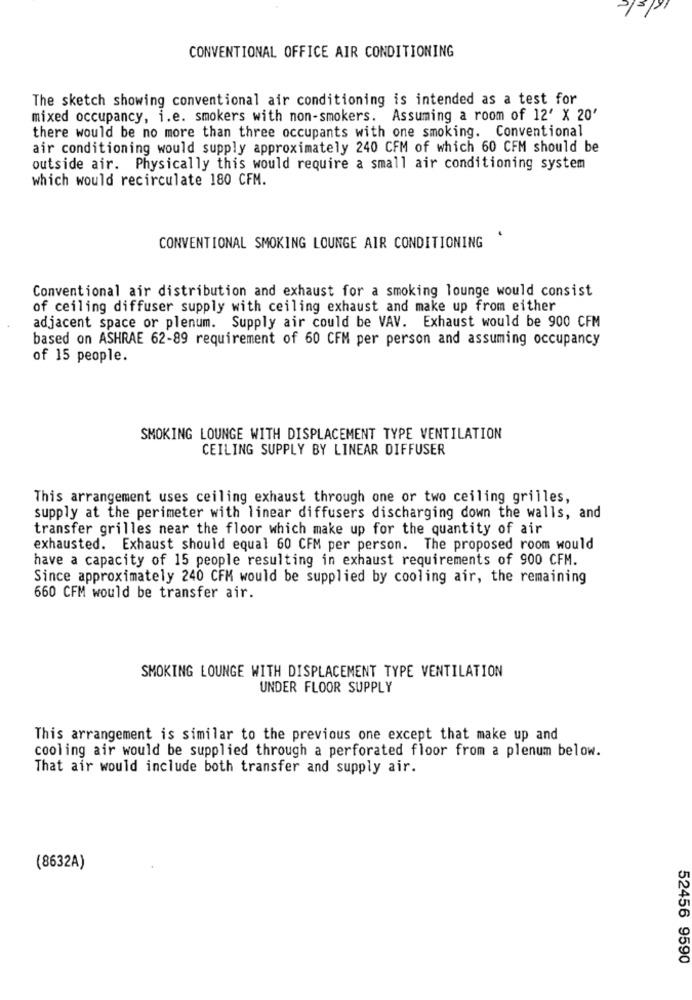
CONVENTIONAL OFFICE AIR CONDITIONING
The sketch showing conventional air conditioning is intended as a test for
mixed occupancy, i.e. smokers with non-smokers. Assuming a room of 12' X 20'
there would be no more than three occupants with one smoking. Conventional
air conditioning would supply approximately 240 CFM of which 60 CFM should be
outside air. Physically this would require a small air conditioning system
which would recirculate 180 CFM.
CONVENTIONAL SMOKING LOUNGE AIR CONDITIONING
Conventional air distribution and exhaust for a smoking lounge would consist
of ceiling diffuser supply with ceiling exhaust and make up from either
adjacent space or plenum. Supply air could be VAV. Exhaust would be 900 CFM
based on ASHRAE 62-89 requirement of 60 CFM per person and assuming occupancy
of 15 people.
SMOKING LOUNGE WITH DISPLACEMENT TYPE VENTILATION
CEILING SUPPLY BY LINEAR DIFFUSER
This arrangement uses ceiling exhaust through one or two ceiling grilles,
supply at the perimeter with linear diffusers discharging down the walls, and
transfer grilles near the floor which make up for the quantity of air
exhausted. Exhaust should equal 60 CFM per person. The proposed room would
have a capacity of 15 people resulting in exhaust requirements of 900 CFM.
Since approximately 240 CFM would be supplied by cooling air, the remaining
660 CFM would be transfer air.
SMOKING LOUNGE WITH DISPLACEMENT TYPE VENTILATION
UNDER FLOOR SUPPLY
This arrangement is similar to the previous one except that make up and
cooling air would be supplied through a perforated floor from a plenum below.
That air would include both transfer and supply air.
(8632A)
52456 9590